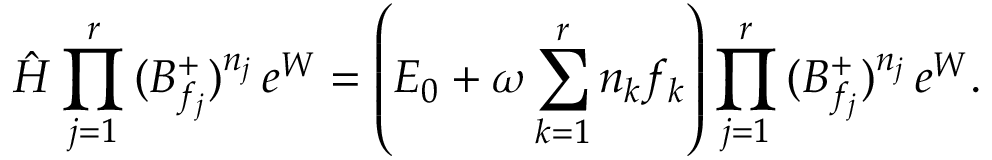
\hat { \cal H } \prod _ { j = 1 } ^ { r } \, ( B _ { f _ { j } } ^ { + } ) ^ { n _ { j } } \, e ^ { W } = \left( { \cal E } _ { 0 } + \omega \sum _ { k = 1 } ^ { r } n _ { k } f _ { k } \right) \prod _ { j = 1 } ^ { r } \, ( B _ { f _ { j } } ^ { + } ) ^ { n _ { j } } \, e ^ { W } .